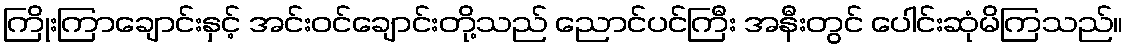
ကြိုးကြာချောင်းနှင့် အင်းဝင်ချောင်းတို့သည် ညောင်ပင်ကြီး အနီးတွင် ပေါင်းဆုံမိကြသည်။